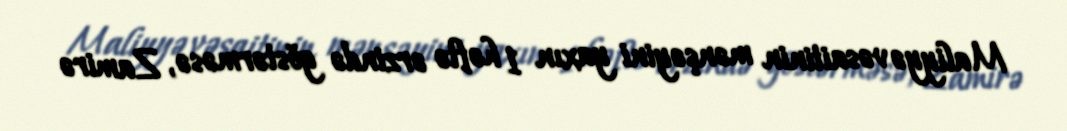
Maliyyə vəsaitinin mənşəyini yaxın 1 həftə ərzində göstərməsə, Zamirə